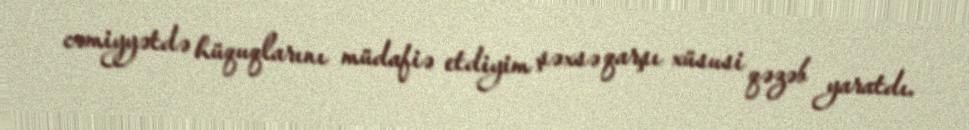
cəmiyyətdə hüquqlarını müdafiə etdiyim şəxsə qarşı xüsusi qəzəb yaratdı.